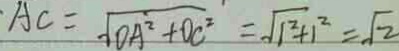
\cdot A C = \sqrt { O A ^ { 2 } + O C ^ { 2 } } = \sqrt { 1 ^ { 2 } + 1 ^ { 2 } } = \sqrt { 2 }